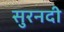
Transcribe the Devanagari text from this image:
सुरनदी